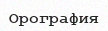
Орография